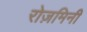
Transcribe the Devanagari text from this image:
रोज़मिनी